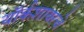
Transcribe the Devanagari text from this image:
यॉर्कशायरचे